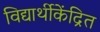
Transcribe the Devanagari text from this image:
विद्यार्थीकेंद्रित